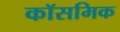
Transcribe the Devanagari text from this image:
कॉसमिक